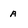
Character: A